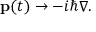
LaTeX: \mathbf { p } ( t ) \to - i \hbar { \boldsymbol { \nabla } } .